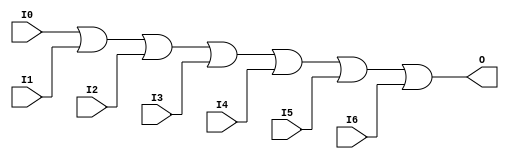
module X_OR7 (O, I0, I1, I2, I3, I4, I5, I6);

  parameter LOC = "UNPLACED";
  output O;
  input I0, I1, I2, I3, I4, I5, I6;

  or (O, I0, I1, I2, I3, I4, I5, I6);

  specify

	(I0 => O) = (0:0:0, 0:0:0);
	(I1 => O) = (0:0:0, 0:0:0);
	(I2 => O) = (0:0:0, 0:0:0);
	(I3 => O) = (0:0:0, 0:0:0);
	(I4 => O) = (0:0:0, 0:0:0);
	(I5 => O) = (0:0:0, 0:0:0);
	(I6 => O) = (0:0:0, 0:0:0);

	specparam PATHPULSE$ = 0;

  endspecify

endmodule